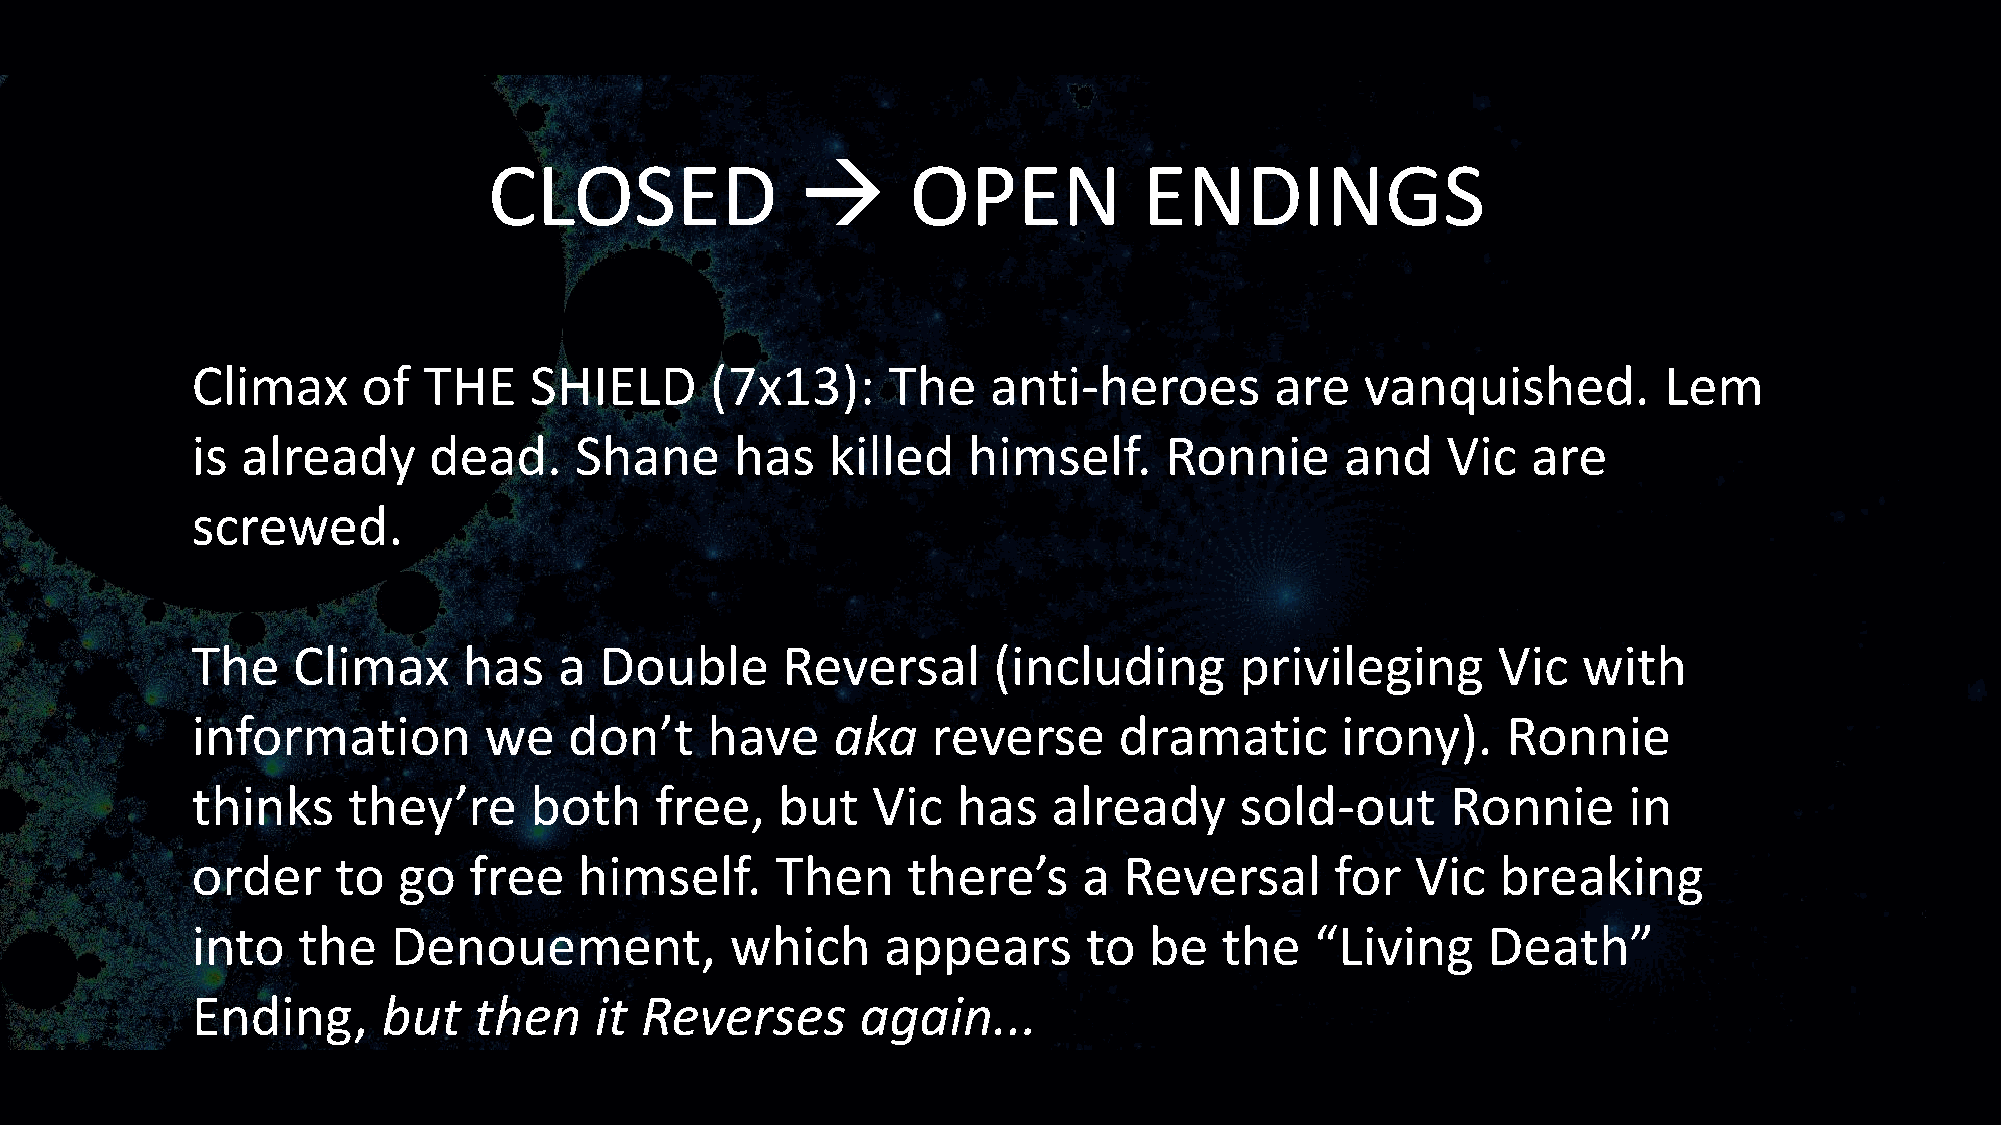
CLOSED               →      OPEN            ENDINGS
 Climax     of  THE    SHIELD      (7x13):     The    anti-heroes       are   vanquished.         Lem
 is already     dead.     Shane      has   killed   himself.     Ronnie      and    Vic  are
 screwed.
 The   Climax      has   a  Double      Reversal      (including      privileging      Vic   with
 information        we    don’t    have    aka    reverse     dramatic       irony).    Ronnie
 thinks    they’re     both    free,   but    Vic  has    already     sold-out      Ronnie      in
 order    to  go   free   himself.     Then     there’s     a Reversal      for   Vic  breaking
 into   the   Denouement,           which      appears      to  be   the   “Living    Death”
 Ending,     but   then    it Reverses       again...